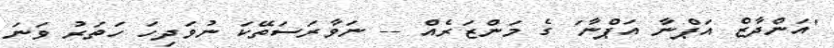
'އަންދާޒް އަޕްނާ އަޕްނާ' ގެ މަންޒަރެއް -- ނަވާރަސަތޭކަ ނުވަދިހަ ހަތަރު ވަނަ